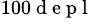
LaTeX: ^{100\mathrm{~d~e~p~l~}}